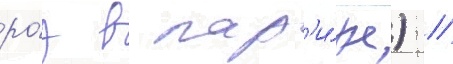
ро́з в пар'и́же) //